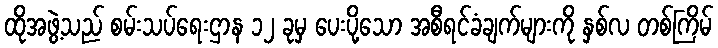
ထိုအဖွဲ့သည် စမ်းသပ်ရေးဌာန ၁၂ ခုမှ ပေးပို့သော အစီရင်ခံချက်များကို နှစ်လ တစ်ကြိမ်